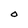
Character: O